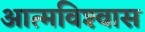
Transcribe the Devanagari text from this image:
आत्‍मविश्‍वास